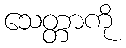
သေတ္တာကို